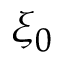
\xi _ { 0 }